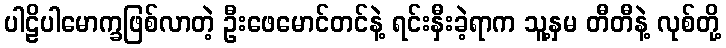
ပါဠိပါမောက္ခဖြစ်လာတဲ့ ဦးဖေမောင်တင်နဲ့ ရင်းနှီးခဲ့ရာက သူ့နှမ တီတီနဲ့ လုစ်တို့